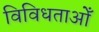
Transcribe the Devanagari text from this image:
विविधताओँ